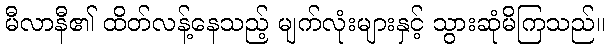
မီလာနီ၏ ထိတ်လန့်နေသည့် မျက်လုံးများနှင့် သွားဆုံမိကြသည်။